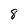
Character: 8